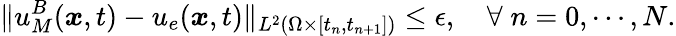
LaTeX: \| u_{M}^{B}(\boldsymbol{x},t)-u_{e}(\boldsymbol{x},t)\| _{L^{2}(\Omega\times[t_{n},t_{n+1}])}\leq\epsilon,\quad\forall\; n=0,\cdots,N.